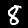
Digit: 8